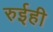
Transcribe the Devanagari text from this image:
रुईही